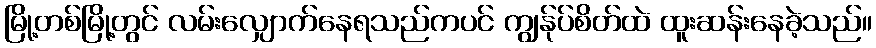
မြို့တစ်မြို့တွင် လမ်းလျှောက်နေရသည်ကပင် ကျွန်ုပ်စိတ်ထဲ ထူးဆန်းနေခဲ့သည်။